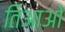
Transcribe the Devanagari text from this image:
तिआओ